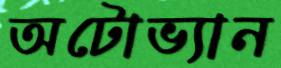
অটোভ্যান